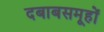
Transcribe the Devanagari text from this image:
दबाबसमूहों